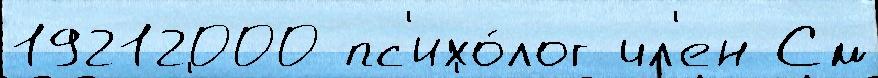
19212000 пс'ихо́лог чл'ен См